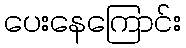
ပေးနေကြောင်း